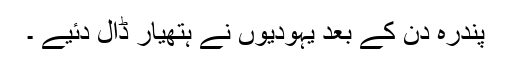
پندرہ دن کے بعد یہودیوں نے ہتھیار ڈال دئیے ۔